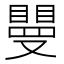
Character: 𥊿